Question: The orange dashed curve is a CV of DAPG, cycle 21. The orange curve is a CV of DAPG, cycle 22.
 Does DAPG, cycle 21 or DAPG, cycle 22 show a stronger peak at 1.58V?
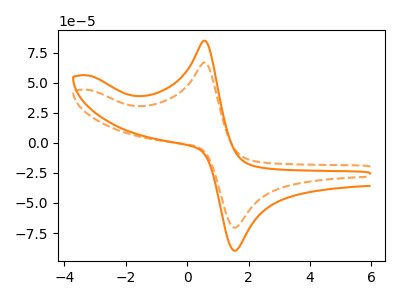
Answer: <think>The orange dashed curve "DAPG, cycle 21" has an anodic peak at (0.55V, 66.80uA) and a cathodic peak at (1.60V, -70.45uA). The orange curve "DAPG, cycle 22" has an anodic peak at (0.55V, 84.95uA) and a cathodic peak at (1.60V, -89.55uA).</think>
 <answer>The peak at 1.58V is lower in "DAPG, cycle 21" than in "DAPG, cycle 22".</answer>
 <eval>lower</eval>